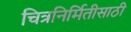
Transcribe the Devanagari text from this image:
चित्रनिर्मितीसाठी